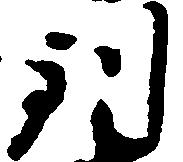
到